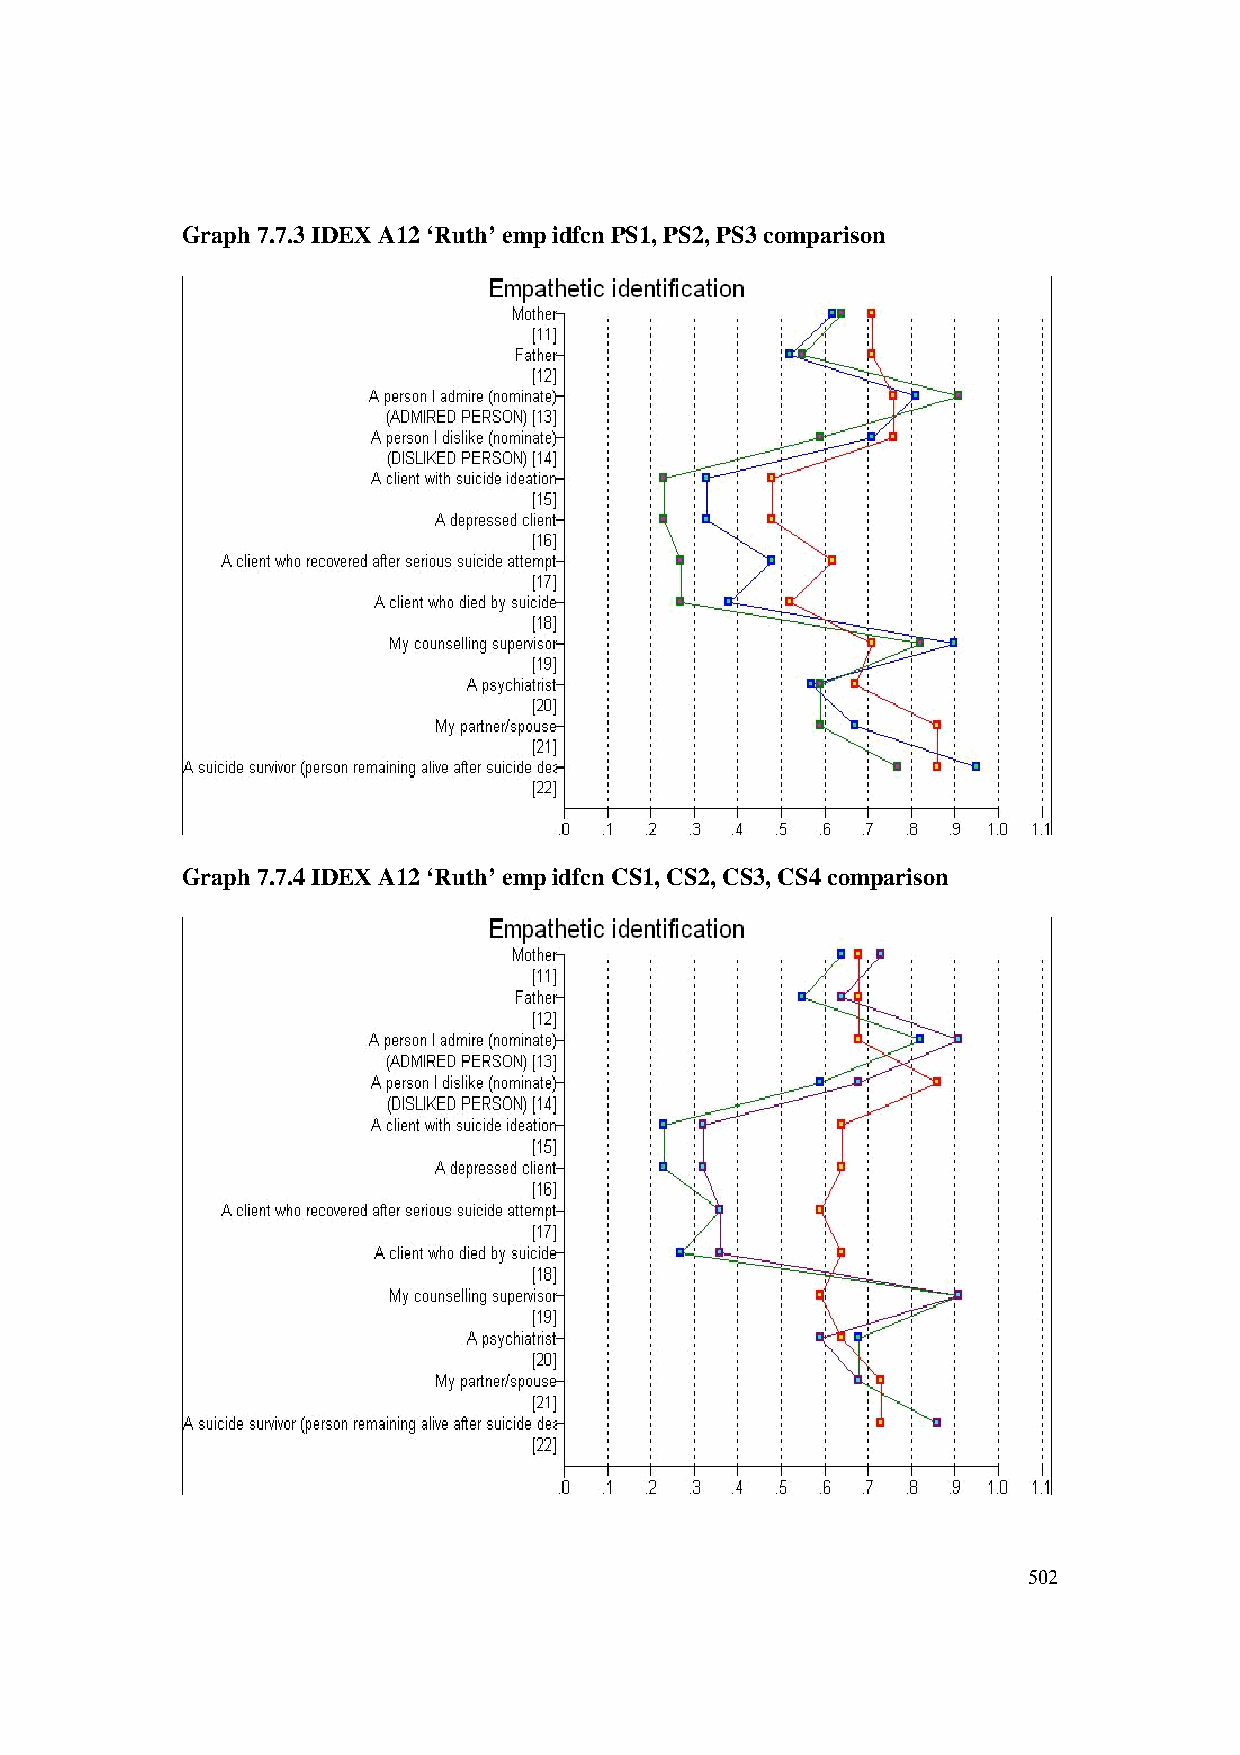
Graph 7.7.3 IDEX A12 ‘Ruth’ emp idfcn PS1, PS2, PS3 comparison
 Graph 7.7.4 IDEX A12 ‘Ruth’ emp idfcn CS1, CS2, CS3, CS4 comparison
 502